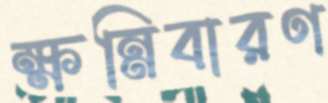
ক্ষন্নিবারণ